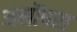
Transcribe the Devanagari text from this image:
अलोंपरा